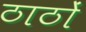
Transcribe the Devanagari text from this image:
ठाठों